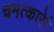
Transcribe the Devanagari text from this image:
चमत्कारेां